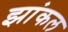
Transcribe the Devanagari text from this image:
झांकल